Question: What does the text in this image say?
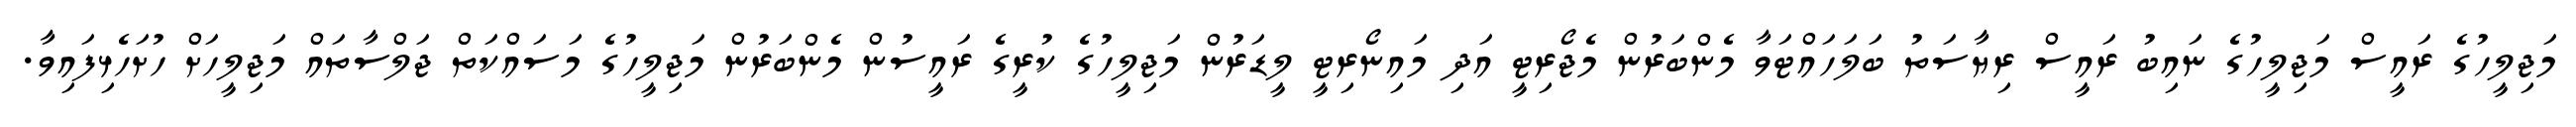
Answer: މަޖިލީހުގެ ރައީސް މަޖިލީހުގެ ނައިބު ރައީސް ރިޔާސަތު ބަލަހައްޓަވާ މެންބަރުން މެޖޯރިޓީ އަދި މައިނޯރިޓީ ލީޑަރުން މަޖިލީހުގެ ކުރީގެ ރައީސުން މެންބަރުން މަޖިލީހުގެ މަސައްކަތް ޖަލްސާތައް މަޖިލީހަށް ހުށަހެޅިފައިވާ.